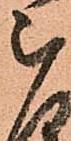
被